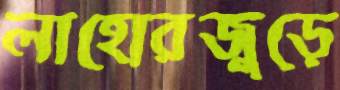
লাহোরজুড়ে